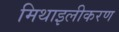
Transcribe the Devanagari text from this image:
मिथाइलीकरण